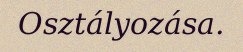
Osztályozása.